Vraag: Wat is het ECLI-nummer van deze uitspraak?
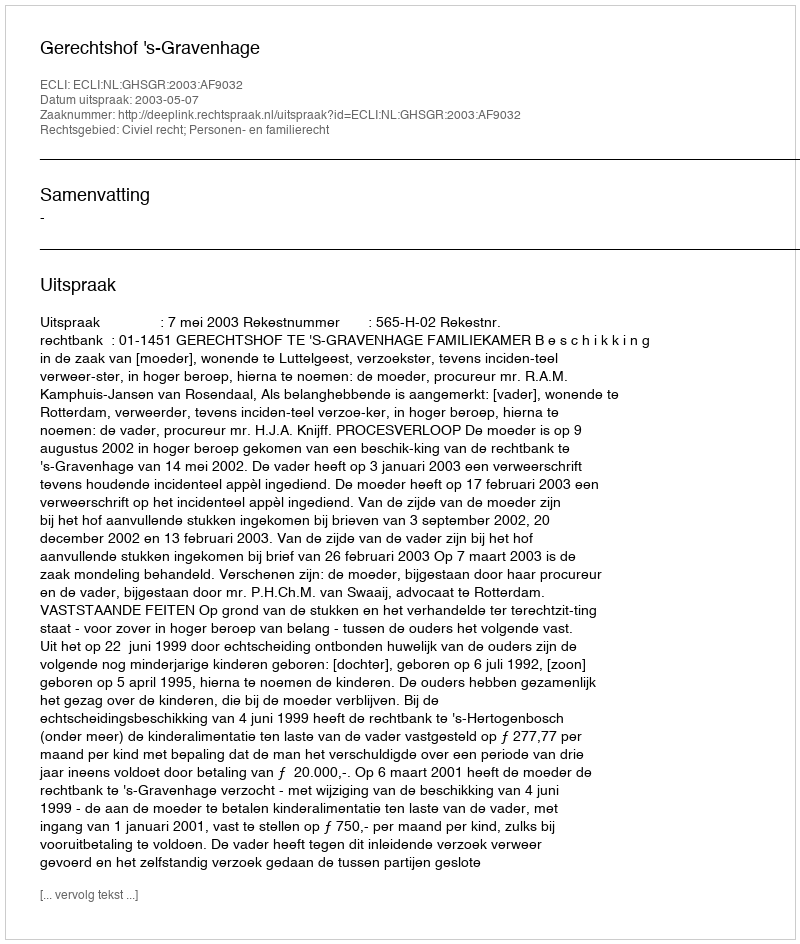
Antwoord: ECLI:NL:GHSGR:2003:AF9032